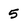
Character: 5